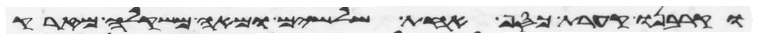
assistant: וקרבנו קערת כסף אחת שלשים ומאה משקלה מזרק